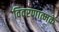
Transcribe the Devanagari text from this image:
विवरणात्मकें